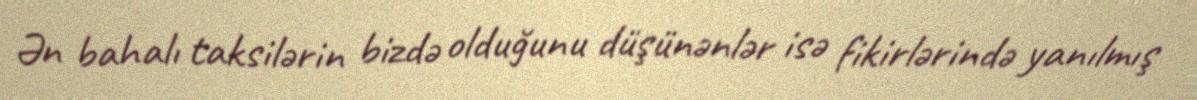
Ən bahalı taksilərin bizdə olduğunu düşünənlər isə fikirlərində yanılmış